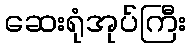
ဆေးရုံအုပ်ကြီး